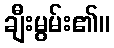
ချီးမွမ်း၏။